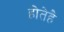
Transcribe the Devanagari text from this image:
होतेहै